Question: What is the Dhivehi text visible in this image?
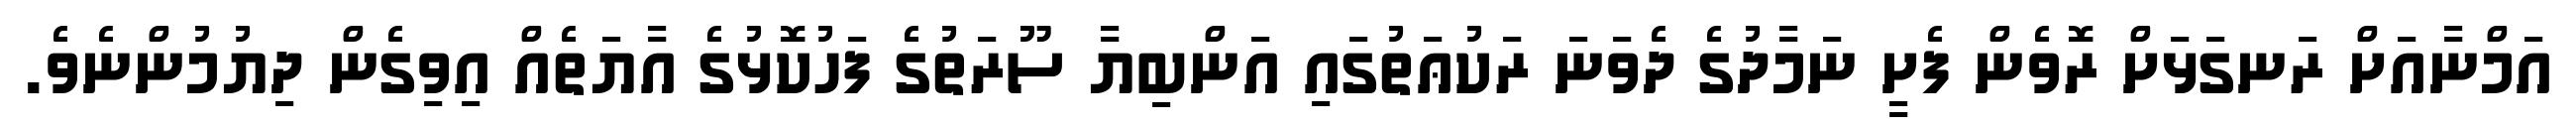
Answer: އަމްނާއަށް ރަނގަޅަށް ރޮވެން ފެށީ ނަމާދުގެ ދެވަނަ ރަކުޢަތުގައި އަންބިޔާ ސޫރަތުގެ ފަހުކޮޅުގެ އާޔަތެއް އިވިގެން ދިޔުމުންނެވެ.